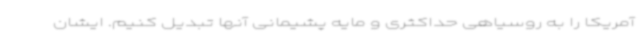
آمریکا را به روسیاهی حداکثری و مایه پشیمانی آنها تبدیل کنیم. ایشان